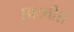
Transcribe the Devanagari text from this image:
साठवीत